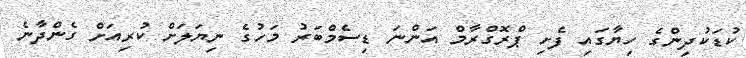
ކުޑަކުދިންގެ ހިޔާގައި ފެށި ޕްރޮގްރާމް އަންނަ ޑިސެމްބަރު މަހުގެ ނިޔަލަށް ކުރިއަށް ގެންދާނެ